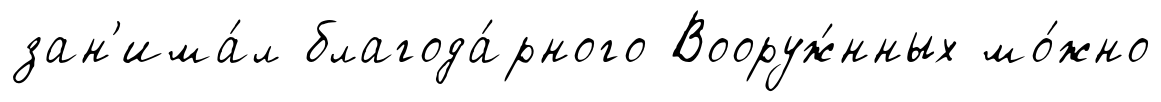
зан'има́л благода́рного Вооруж́нных мо́жно